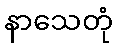
နာသေတုံ